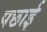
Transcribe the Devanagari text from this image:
पछाई